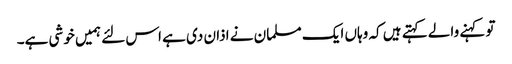
تو کہنے والے کہتے ہیں کہ وہاں ایک مسلمان نے اذان دی ہے اس لئے ہمیں خوشی ہے۔